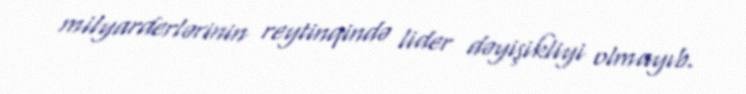
milyarderlərinin reytinqində lider dəyişikliyi olmayıb.